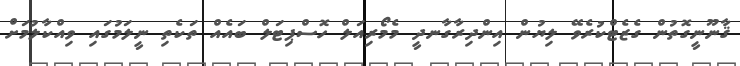
ޤާނޫނީގޮތުން ގެޒެޓްކުރެވޭ ލިޔުން އިންދިރާގާނދީ މެމޯރިއަލް ހޮސްޕިޓަލް ބައެއް ތަކެތި ނީލަމުގައި ވިއްކާލުމަށް